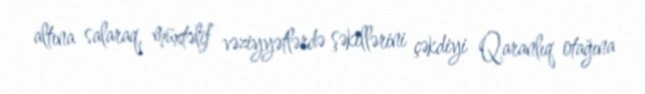
altına salaraq, müxtəlif vəziyyətlərdə şəkillərini çəkdiyi Qaranlıq otağına